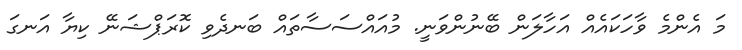
މަ އެންމެ ވާހަކައެއް އަހާލަން ބޭނުންވަނީ. މުއައްސަސާތައް ބަނދެވި ކޮރަޕްޝަނޭ ކިޔާ އަނގަ